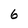
Character: 6